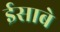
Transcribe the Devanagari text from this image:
ईसाबे